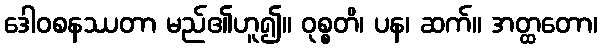
ဒေါဝစနဿတာ မည်၏ဟူ၍။ ဝုစ္စတိ၊ ပန၊ ဆက်။ အတ္ထတော၊